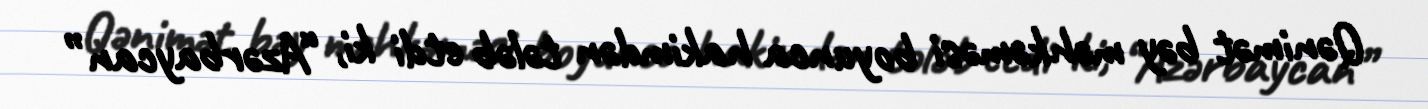
Qənimət bəy məhkəməsi boyunca hakimdən tələb etdi ki, “Azərbaycan”